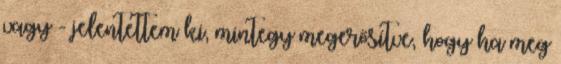
vagy - jelentettem ki, mintegy megerősítve, hogy ha meg